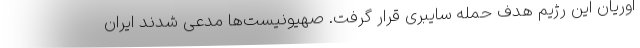
اوریان این رژیم هدف حمله سایبری قرار گرفت. صهیونیست‌ها مدعی شدند ایران